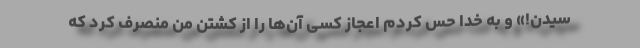
سیدن!» و به خدا حس کردم اعجاز کسی آن‌ها را از کشتن من منصرف کرد که